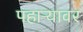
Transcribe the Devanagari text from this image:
पहाऱ्यावर